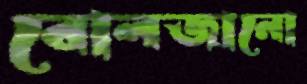
বোলজানো